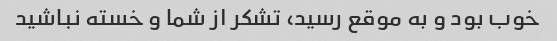
خوب بود و به موقع رسید، تشکر از شما و خسته نباشید